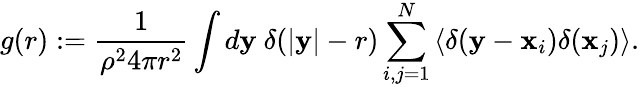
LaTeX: g(r):=\frac 1{\rho^{2}4\pi r^{2}}\int d\mathbf y\ \delta(|\mathbf y|-r)\sum_{i,j=1}^{N}\left<\delta(\mathbf y-\mathbf x_{i})\delta(\mathbf x_{j})\right>.